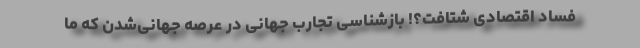
فساد اقتصادی شتافت؟! بازشناسی تجارب جهانی در عرصه جهانی‌شدن كه ما